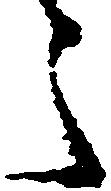
之